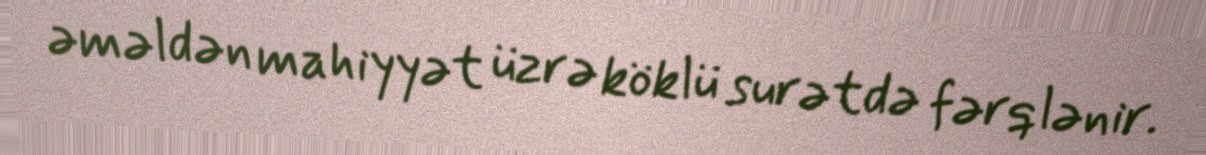
əməldən mahiyyət üzrə köklü surətdə fərqlənir.